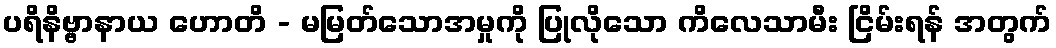
ပရိနိဗ္ဗာနာယ ဟောတိ - မမြတ်သောအမှုကို ပြုလိုသော ကိလေသာမီး ငြိမ်းရန် အတွက်